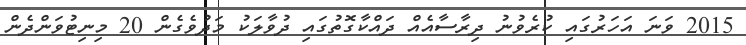
2015 ވަނަ އަހަރުގައި ކުރެވުނު ދިރާސާއެއް ދައްކާގޮތުގައި ދުވާލަކު މަދުވެގެން 20 މިނިޓުވަންދެން